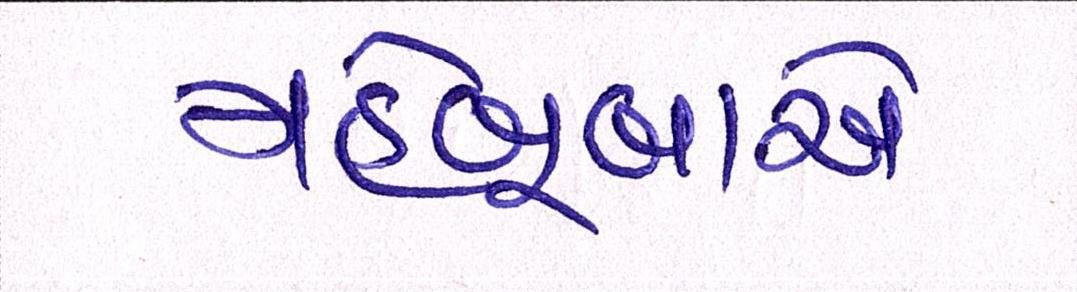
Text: મહેબૂબાએ